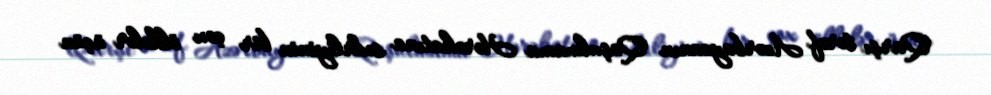
Qarşı tərəf Azərbaycanın Qoşulmama Hərəkatına sədrliyinin bir çox ölkələr üçün